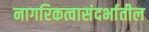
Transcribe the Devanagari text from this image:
नागरिकत्वासंदर्भातील